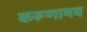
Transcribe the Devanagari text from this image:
करूणामय